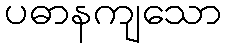
ပဓာနကျသော